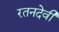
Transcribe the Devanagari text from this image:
रतनदेवी